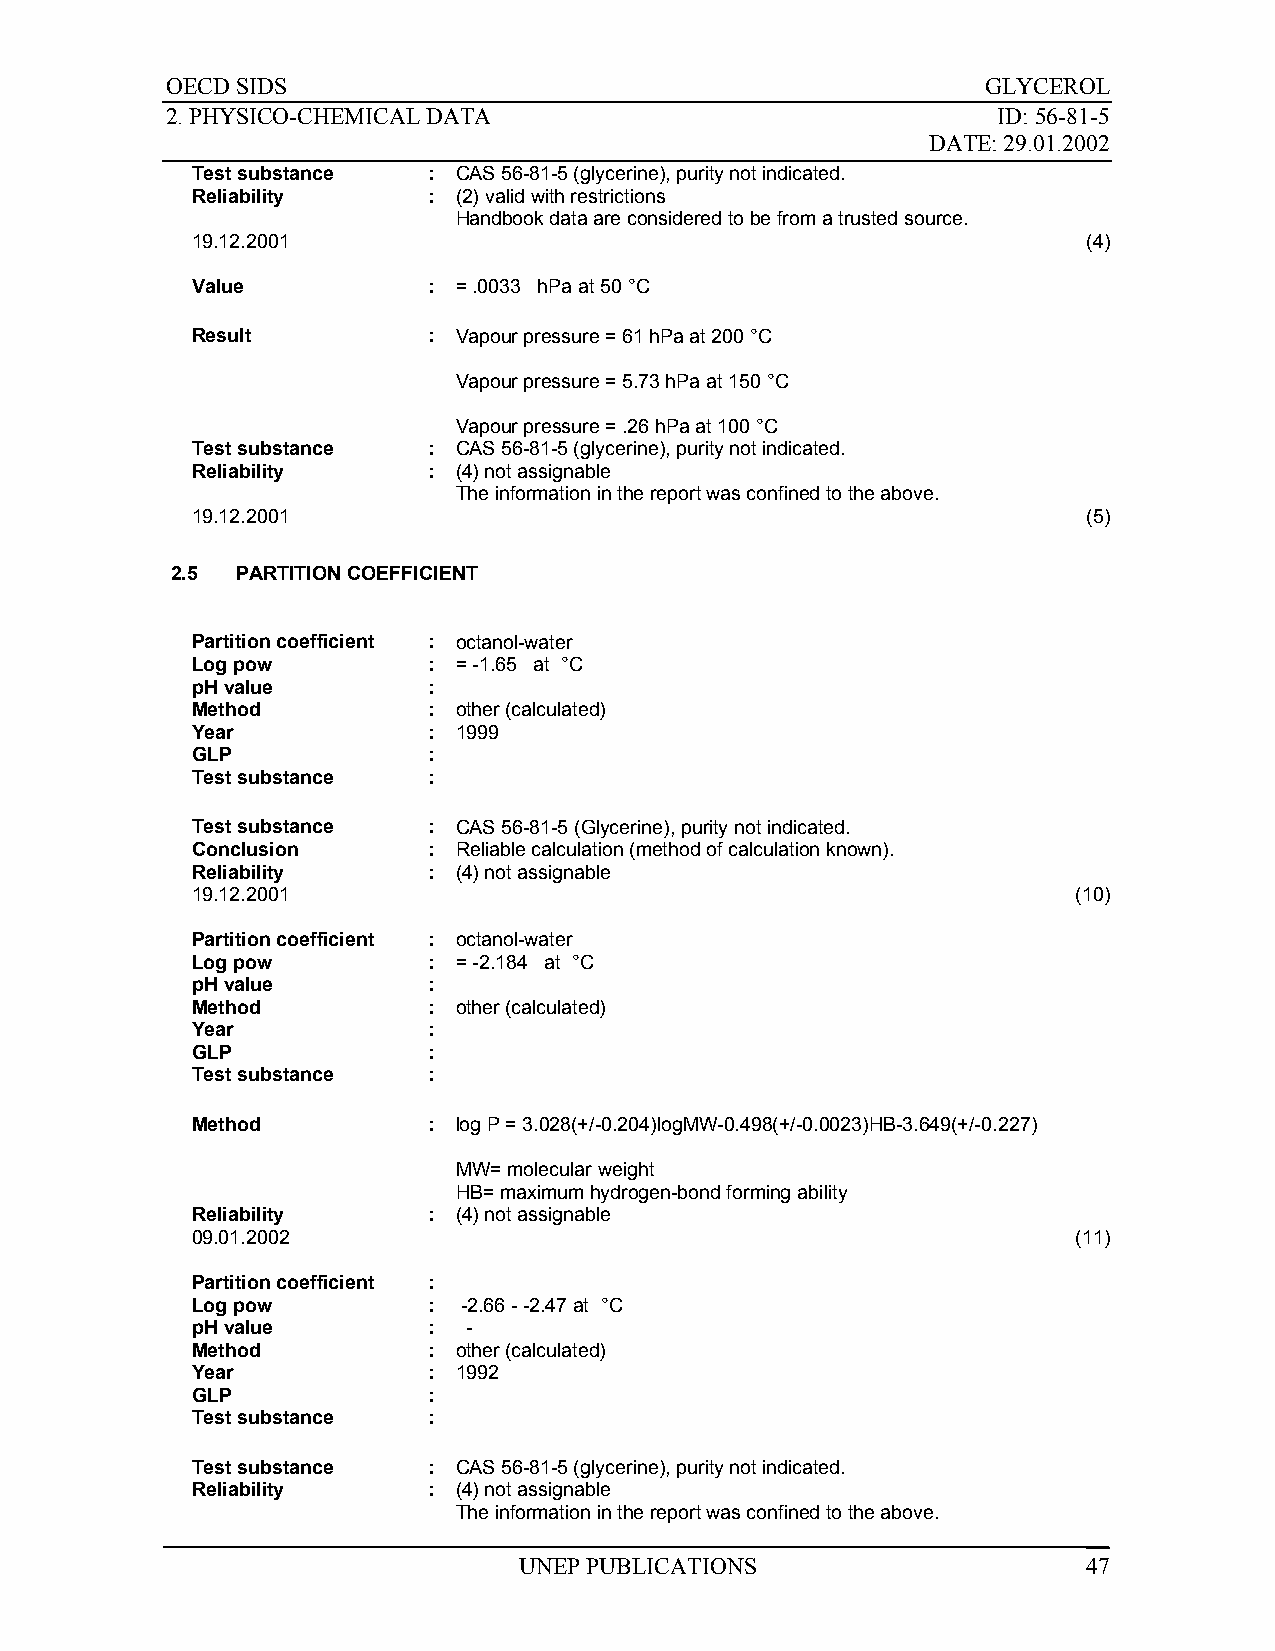
OECD SIDS                                             GLYCEROL
 2. PHYSICO-CHEMICAL DATA                               ID: 56-81-5
 DATE: 29.01.2002
 Test substance : CAS 56-81-5 (glycerine), purity not indicated.
 Reliability    : (2) valid with restrictions
 Handbook data are considered to be from a trusted source.
 19.12.2001                                                 (4)
 Value          : = .0033 hPa at 50 °C
 Result         : Vapour pressure = 61 hPa at 200 °C
 Vapour pressure = 5.73 hPa at 150 °C
 Vapour pressure = .26 hPa at 100 °C
 Test substance : CAS 56-81-5 (glycerine), purity not indicated.
 Reliability    : (4) not assignable
 The information in the report was confined to the above.
 19.12.2001                                                 (5)
 2.5  PARTITION COEFFICIENT
 Partition coefficient : octanol-water
 Log pow        : = -1.65 at °C
 pH value       :
 Method         : other (calculated)
 Year           : 1999
 GLP            :
 Test substance :
 Test substance : CAS 56-81-5 (Glycerine), purity not indicated.
 Conclusion     : Reliable calculation (method of calculation known).
 Reliability    : (4) not assignable
 19.12.2001                                                (10)
 Partition coefficient : octanol-water
 Log pow        : = -2.184 at °C
 pH value       :
 Method         : other (calculated)
 Year           :
 GLP            :
 Test substance :
 Method         : log P = 3.028(+/-0.204)logMW-0.498(+/-0.0023)HB-3.649(+/-0.227)
 MW= molecular weight
 HB= maximum hydrogen-bond forming ability
 Reliability    : (4) not assignable
 09.01.2002                                                (11)
 Partition coefficient :
 Log pow        :  -2.66 - -2.47 at °C
 pH value       :  -
 Method         : other (calculated)
 Year           : 1992
 GLP            :
 Test substance :
 Test substance : CAS 56-81-5 (glycerine), purity not indicated.
 Reliability    : (4) not assignable
 The information in the report was confined to the above.
 UNEP PUBLICATIONS                     47